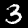
Digit: 3